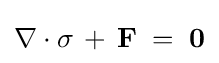
\mathbf {\nabla } \cdot \mathbf {\sigma } \,+\,\mathbf {F} \;=\;{\mathbf {0} }